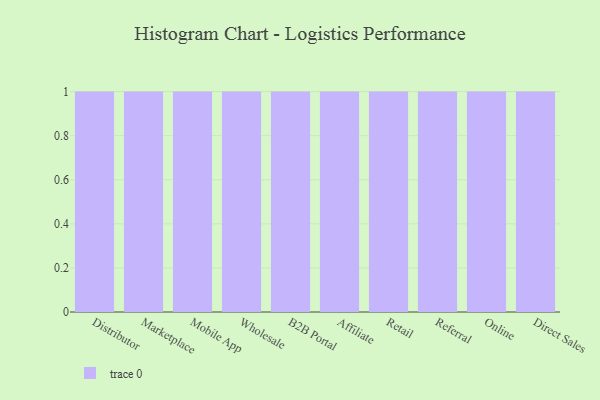
{"axis": {"x": "Channel", "y": "Bounce Rate (%)"}, "legend": [""], "data": [{"x": "Distributor", "y": 97, "type": ""}, {"x": "Marketplace", "y": 95, "type": ""}, {"x": "Mobile App", "y": 24, "type": ""}, {"x": "Wholesale", "y": 14, "type": ""}, {"x": "B2B Portal", "y": 56, "type": ""}, {"x": "Affiliate", "y": 37, "type": ""}, {"x": "Retail", "y": 14, "type": ""}, {"x": "Referral", "y": 82, "type": ""}, {"x": "Online", "y": 91, "type": ""}, {"x": "Direct Sales", "y": 39, "type": ""}]}